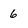
Character: 6